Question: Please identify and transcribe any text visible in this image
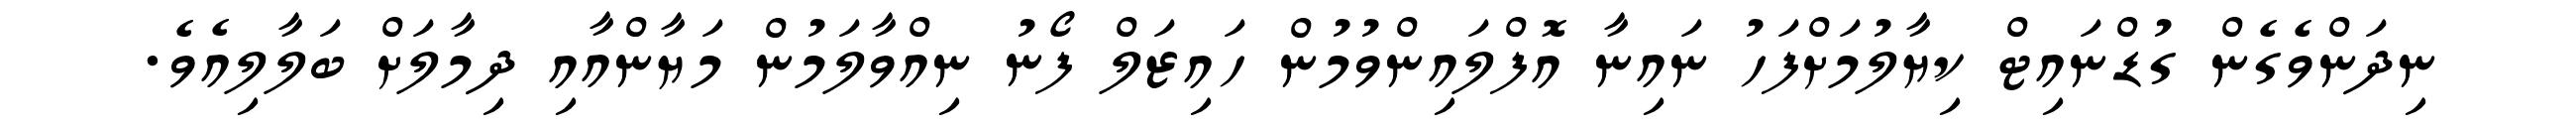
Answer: ނިދަންވެގެން ގުޑްނައިޓް ކިޔާލުމަށްފަހު ނައިނާ އޮފްލައިންވުމުން ހައިޒަލް ފޯނު ނިއްވާލަމުން މަޔާންއާއި ދިމާލަށް ބަލާލިއެވެ.